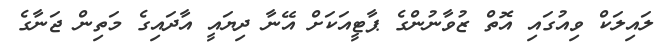
ލައިލަކް ވިއުގައި އޮތް ޒުވާނުންގެ ޕާޓީއަކަށް އޭނާ ދިޔައީ އާދައިގެ މަތިން ޖަނާގެ